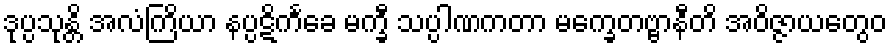
ဒုပ္ပသုန္တိ အလံကြိယာ နပ္ပဋိကင်္ခေ မက္ခီ သပ္ပါဏကတာ မက္ခေတဗ္ဗာနီတိ အဝိဇ္ဇာယတွေဝ